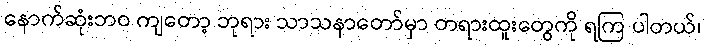
နောက်ဆုံးဘဝ ကျတော့ ဘုရား သာသနာတော်မှာ တရားထူးတွေကို ရကြ ပါတယ်၊